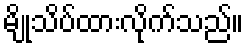
မျိုသိပ်ထားလိုက်သည်။